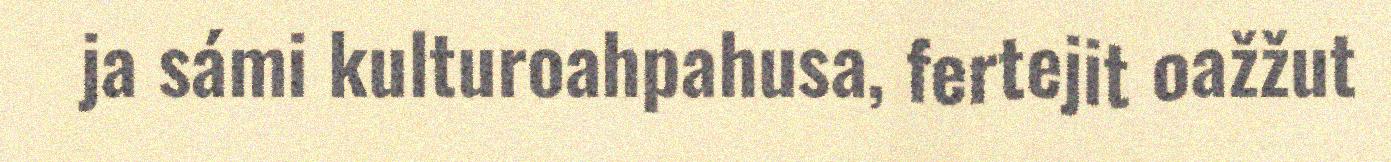
ja sámi kulturoahpahusa, fertejit oažžut